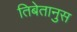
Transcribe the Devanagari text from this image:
तिबेतानुस